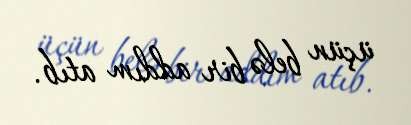
üçün belə bir addım atıb.